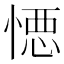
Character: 𭞋